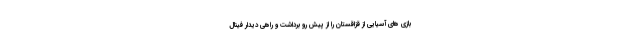
بازی های آسیایی از قزاقستان را از پیش رو برداشت و راهی دیدار فینال